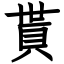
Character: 貰